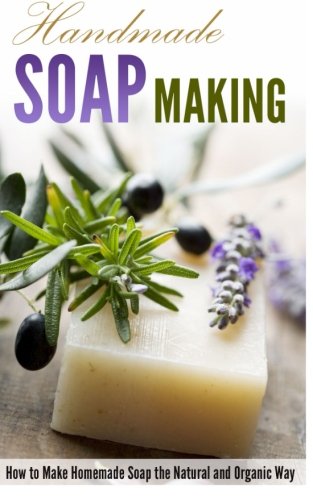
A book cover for Handmade Soap Making: How to Make Homemade Soap the Natural and Organic Way; Amina Jacob; Crafts, Hobbies & Home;